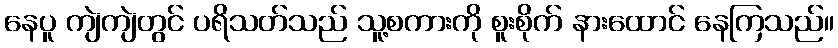
နေပူ ကျဲကျဲတွင် ပရိသတ်သည် သူ့စကားကို စူးစိုက် နားထောင် နေကြသည်။